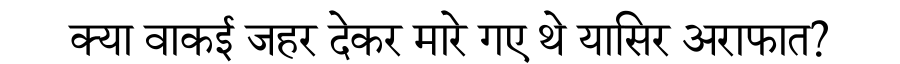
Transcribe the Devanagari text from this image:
क्या वाकई जहर देकर मारे गए थे यासिर अराफात?